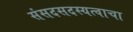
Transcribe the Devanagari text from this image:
संसदसदस्यत्वाचा